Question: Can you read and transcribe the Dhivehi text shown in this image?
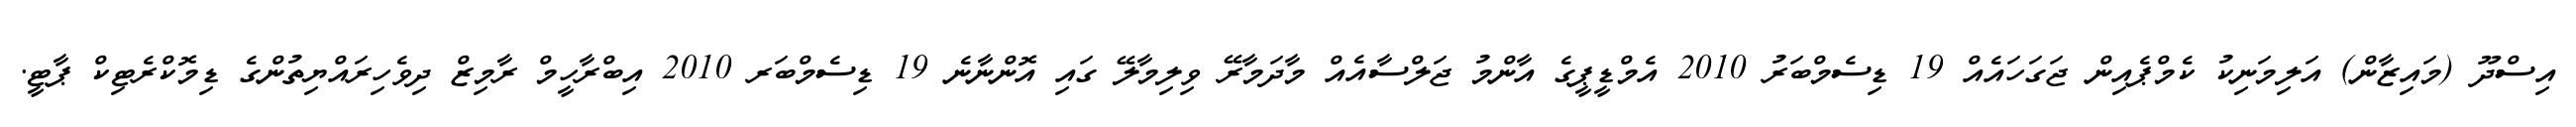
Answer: އިސްދޫ (މައިޒާން) އަލިމަނިކު ކެމްޕެއިން ޖަގަހައެއް 19 ޑިސެމްބަރު 2010 އެމްޑީޕީގެ އާންމު ޖަލްސާއެއް މާދަމާރޭ ވިލިމާލޭ ގައި އޮންނާނެ 19 ޑިސެމްބަރ 2010 އިބްރާހީމް ރާމިޒް ދިވެހިރައްޔިތުންގެ ޑިމޮކްރެޓިކް ޕާޓީ.